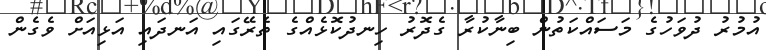
އުމުރު ދުވަހުގެ މަސައްކަތުން ބިނާކުރާ ގެދޮރު ހިނދުކޮޅެއްގެ ތެރޭގައި އަނދައި އަޅިއަށް ވެގެން